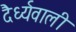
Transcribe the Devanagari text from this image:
दैर्ध्यवाली